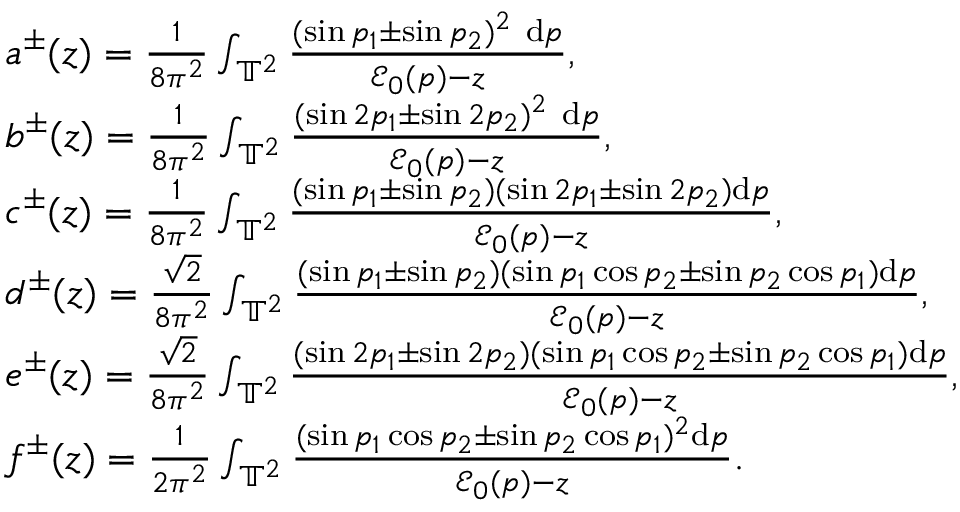
\begin{array} { r l } & { a ^ { \pm } ( z ) = \frac { 1 } { 8 \pi ^ { 2 } } \int _ { \mathbb { T } ^ { 2 } } \frac { ( \sin p _ { 1 } \pm \sin p _ { 2 } ) ^ { 2 } \ \mathrm { d } p } { { \mathcal E } _ { 0 } ( p ) - z } , } \\ & { b ^ { \pm } ( z ) = \frac { 1 } { 8 \pi ^ { 2 } } \int _ { \mathbb { T } ^ { 2 } } \frac { ( \sin 2 p _ { 1 } \pm \sin 2 p _ { 2 } ) ^ { 2 } \ \mathrm { d } p } { { \mathcal E } _ { 0 } ( p ) - z } , } \\ & { c ^ { \pm } ( z ) = \frac { 1 } { 8 \pi ^ { 2 } } \int _ { \mathbb { T } ^ { 2 } } \frac { ( \sin p _ { 1 } \pm \sin p _ { 2 } ) ( \sin 2 p _ { 1 } \pm \sin 2 p _ { 2 } ) \mathrm { d } p } { { \mathcal E } _ { 0 } ( p ) - z } , } \\ & { d ^ { \pm } ( z ) = \frac { \sqrt { 2 } } { 8 \pi ^ { 2 } } \int _ { \mathbb { T } ^ { 2 } } \frac { ( \sin p _ { 1 } \pm \sin p _ { 2 } ) ( \sin p _ { 1 } \cos p _ { 2 } \pm \sin p _ { 2 } \cos p _ { 1 } ) \mathrm { d } p } { { \mathcal E } _ { 0 } ( p ) - z } , } \\ & { e ^ { \pm } ( z ) = \frac { \sqrt { 2 } } { 8 \pi ^ { 2 } } \int _ { \mathbb { T } ^ { 2 } } \frac { ( \sin 2 p _ { 1 } \pm \sin 2 p _ { 2 } ) ( \sin p _ { 1 } \cos p _ { 2 } \pm \sin p _ { 2 } \cos p _ { 1 } ) \mathrm { d } p } { { \mathcal E } _ { 0 } ( p ) - z } , } \\ & { f ^ { \pm } ( z ) = \frac { 1 } { 2 \pi ^ { 2 } } \int _ { \mathbb { T } ^ { 2 } } \frac { ( \sin p _ { 1 } \cos p _ { 2 } \pm \sin p _ { 2 } \cos p _ { 1 } ) ^ { 2 } \mathrm { d } p } { { \mathcal E } _ { 0 } ( p ) - z } . } \end{array}